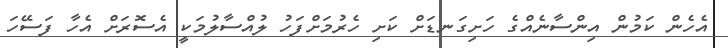
އެހެން ކަމުން އިންސާނެއްގެ ހަށިގަނޑަށް ކަށި ހެރުމަށްފަހު ލުއްސާލުމަކީ އެސޮރަށް އެހާ ފަސޭހަ